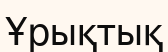
Ұрықтық